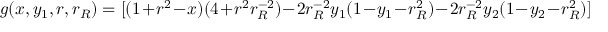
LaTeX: g ( x , y _ { 1 } , r , r _ { R } ) = [ ( 1 + r ^ { 2 } - x ) ( 4 + r ^ { 2 } r _ { R } ^ { - 2 } ) - 2 r _ { R } ^ { - 2 } y _ { 1 } ( 1 - y _ { 1 } - r _ { R } ^ { 2 } ) - 2 r _ { R } ^ { - 2 } y _ { 2 } ( 1 - y _ { 2 } - r _ { R } ^ { 2 } ) ]